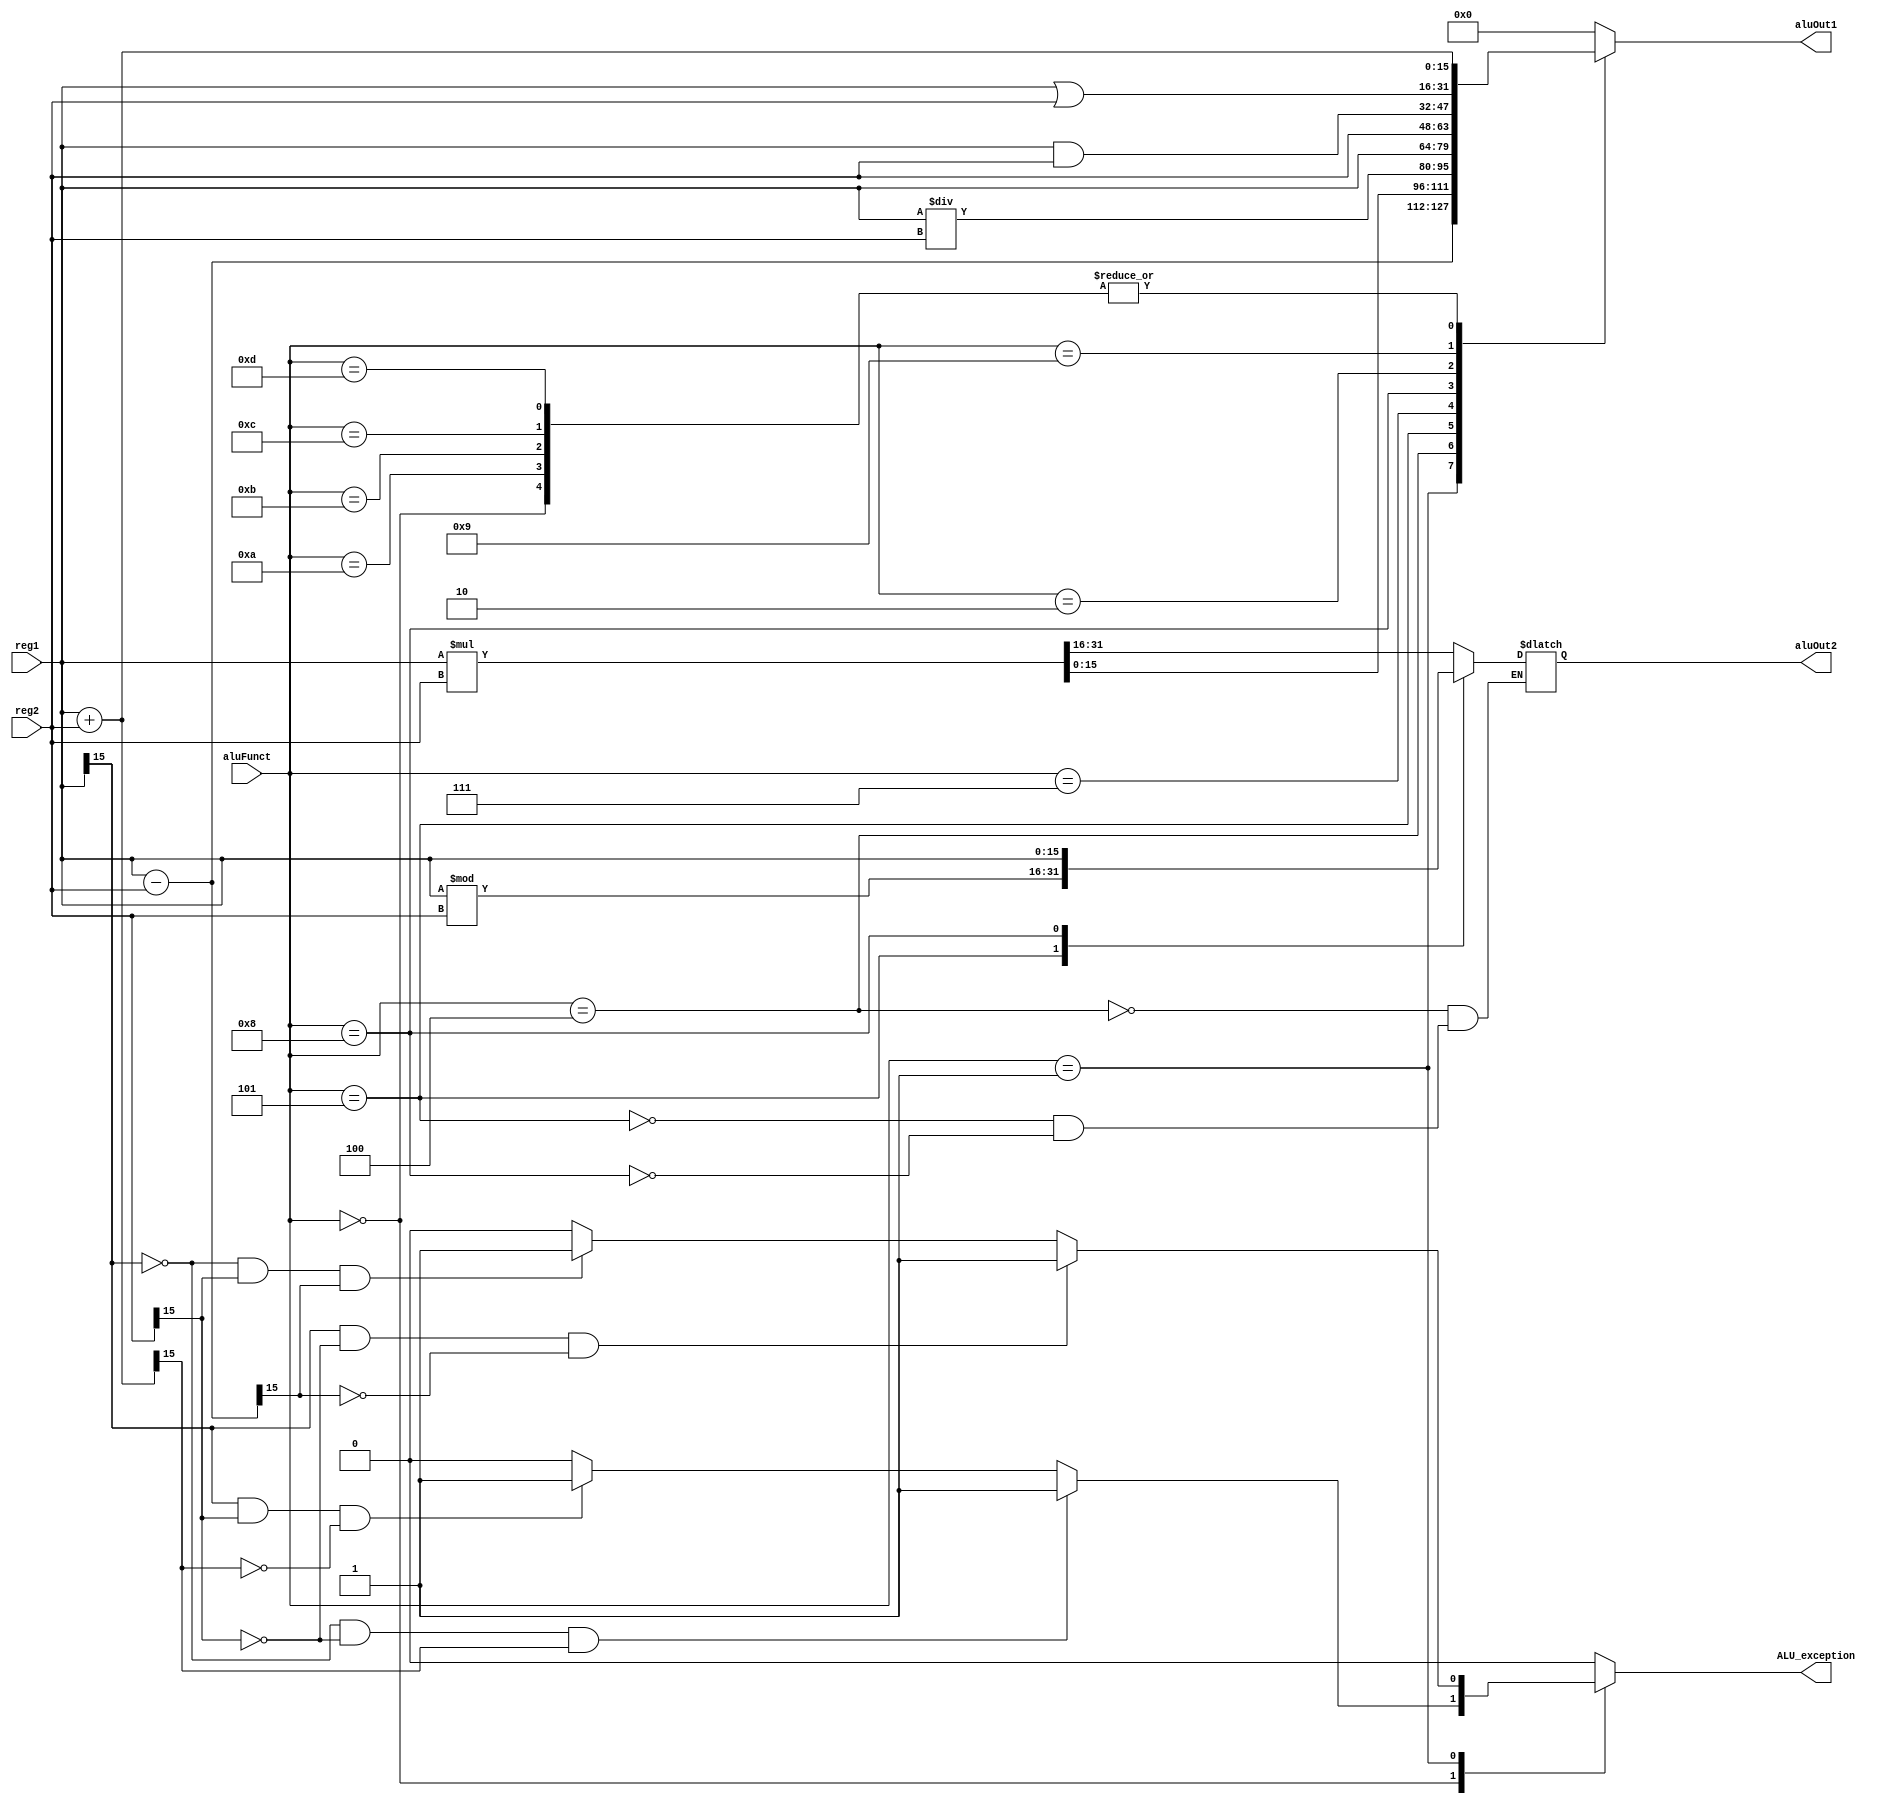
module st3_alu(aluFunct, reg1, reg2, aluOut1, aluOut2, ALU_exception);

	input [3:0] aluFunct;
	input signed [15:0] reg1, reg2; 
	output signed [15:0] aluOut1, aluOut2; //R15, 
	output signed ALU_exception;

reg [16:0] tempReg1;
reg [15:0] tempReg2, R15, aluOut1, aluOut2;
reg msb, ALU_exception;
always@(*) 
begin
	ALU_exception = 0;
	msb = 0;
	tempReg1 = 0;
	tempReg2 = 0;
	
	case(aluFunct)
		// Signed Addition	
		4'b0000:begin
			tempReg2 = reg1 + reg2;
			msb = tempReg2[15];
  			if((reg1[15] == 1'b0 && reg2[15] == 1'b0) && msb == 1'b1)begin
				ALU_exception = 1;
			end
			else if((reg1[15] == 1'b1 && reg2[15] == 1'b1) && msb == 1'b0)begin
	  			ALU_exception = 1;
			end
			aluOut1 = tempReg2;
		end
		// Signed Subtraction		
		4'b0001:begin
			tempReg2 = reg1 - reg2;
			msb = tempReg2[15];
			if((reg1[15] == 1'b1 && reg2[15] == 1'b0) && msb == 1'b0)begin
	  			ALU_exception = 1;
			end
			else if((reg1[15] == 1'b0 && reg2[15] == 1'b1) && msb == 1'b1)begin
	  			ALU_exception = 1;
			end
			aluOut1 = tempReg2;
		end

		// Signed Multiplication		
		4'b0100:begin
			{tempReg1,tempReg2} = reg1 * reg2;

			//if(tempReg1[16] !== null)begin
			//	ALU_exception = 1;
			//end
			//else begin
				aluOut2 = tempReg1;
				aluOut1 = tempReg2;
			//end
		end

		// Signed Division		
		4'b0101:begin 
			aluOut1 = reg1 / reg2;
			R15 = reg1 % reg2;
			aluOut2 = R15;
		end

		// Move		
		4'b0111:begin
			aluOut1 = reg1;
		end

		// Swap	
		4'b1000:begin
			aluOut1 = reg2;
			aluOut2 = reg1;
		end

		// Andi
		4'b0010:begin
			aluOut1 = reg1 & reg2;
		end

		// Ori
		4'b1001:begin
			aluOut1 = reg1 | reg2;
		end

		// Load byte unsigned
		4'b1010:begin
			aluOut1 = reg1 + reg2;
		end // 4'b1010:

		// Store Byte
		4'b1011:begin
			aluOut1 = reg1 + reg2;
		end

		// Load Word
		4'b1100:begin
			aluOut1 = reg1 + reg2;
		end

		// Store Word
		4'b1101:begin
			aluOut1 = reg1 + reg2;
		end

		default: aluOut1 = 0;
	endcase
end
endmodule